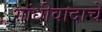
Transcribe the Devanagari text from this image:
गांधीवादाचे